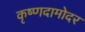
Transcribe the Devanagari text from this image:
कृष्णदामोदर